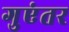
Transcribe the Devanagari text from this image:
गुएंतर